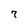
Character: 7